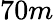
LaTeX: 70m